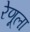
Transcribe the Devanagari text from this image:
रेणूला